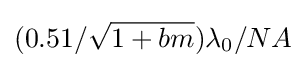
(0.51/{\sqrt {1+bm}})\lambda _{0}/NA